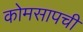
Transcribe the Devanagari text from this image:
कोमसापची